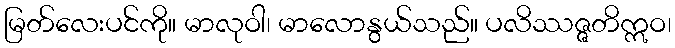
မြတ်လေးပင်ကို။ မာလုဝါ၊ မာလောနွယ်သည်။ ပလိဿဇ္ဇတိဣဝ၊